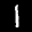
Label: 1